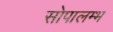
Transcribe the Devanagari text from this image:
सोपालम्भ